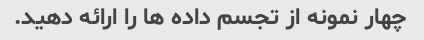
چهار نمونه از تجسم داده ها را ارائه دهید.